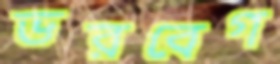
ভরবেগ